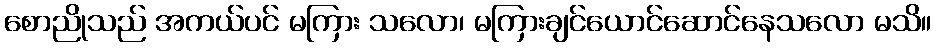
စောညိုသည် အကယ်ပင် မကြား သလော၊ မကြားချင်ယောင်ဆောင်နေသလော မသိ။